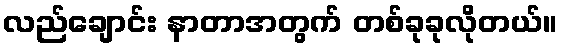
လည်ချောင်း နာတာအတွက် တစ်ခုခုလိုတယ်။